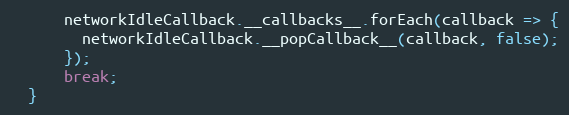
Language: JavaScript
      networkIdleCallback.__callbacks__.forEach(callback => {
        networkIdleCallback.__popCallback__(callback, false);
      });
      break;
  }